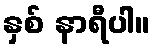
နှစ် နာရီပါ။